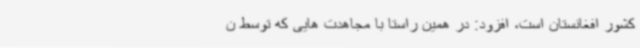
کشور افغانستان است، افزود: در همین راستا با مجاهدت هایی که توسط ن